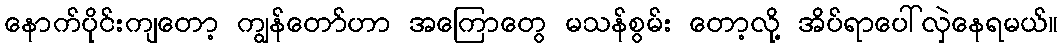
နောက်ပိုင်းကျတော့ ကျွန်တော်ဟာ အကြောတွေ မသန်စွမ်း တော့လို့ အိပ်ရာပေါ်လှဲနေရမယ်။